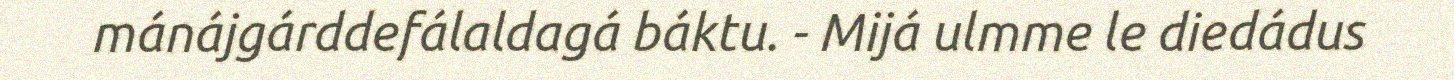
mánájgárddefálaldagá báktu. - Mijá ulmme le diedádus